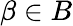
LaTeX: \beta\in B